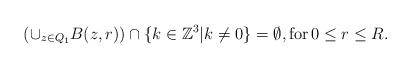
LaTeX: \begin{align*}(\cup_{z\in Q_1}B(z,r))\cap \{k\in\mathbb{Z}^3| k\neq 0\}=\emptyset,\textrm{for}\, 0\leq r\leq R.\end{align*}